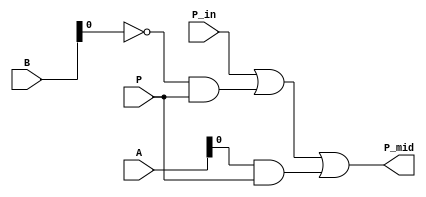
module CeldaTipicaBit(output P_mid, 
input[2:0] A, B, 
input P_in, P
);

    wire not_B, and_or1, and_or2, and_or3 ;          //Cables intermedios 

    and gate_and1(and_or1, P_in);
    and gate_and2(and_or2, not_B, P);
    and gate_and3(and_or3, A, P);
    not gate_not1(not_B, B);
    or gate_or(P_mid, and_or1, and_or2, and_or3);

endmodule